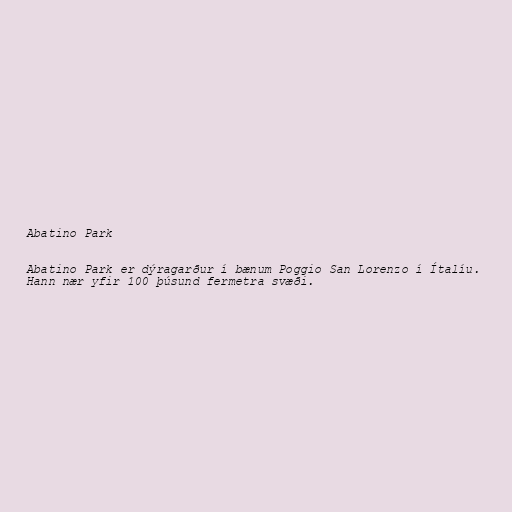
Abatino Park

Abatino Park er dýragarður í bænum Poggio San Lorenzo í Ítalíu.
Hann nær yfir 100 þúsund fermetra svæði.